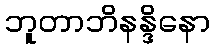
ဘူတာဘိနန္ဒိနော